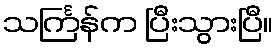
သင်္ကြန်က ပြီးသွားပြီ။